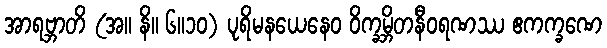
အာရဗ္ဘာတိ (အ။ နိ။ ၆။၁၀) ပုရိမနယေနေဝ ဝိက္ခမ္ဘိတနီဝရဏဿ ဧကက္ခဏေ